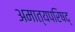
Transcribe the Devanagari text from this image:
अमात्यपरिषद्